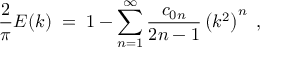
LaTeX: { \frac { 2 } { \pi } } E ( k ) \; = \; 1 - \sum _ { n = 1 } ^ { \infty } { \frac { c _ { 0 n } } { 2 n - 1 } } \left( k ^ { 2 } \right) ^ { n } \; ,